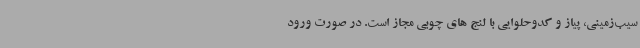
سیب‌زمینی، پیاز و کدوحلوایی با لنج های چوبی مجاز است. در صورت ورود